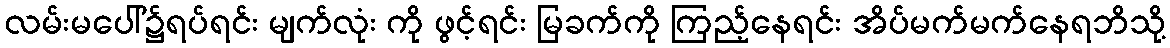
လမ်းမပေါ်၌ရပ်ရင်း မျက်လုံး ကို ဖွင့်ရင်း မြခက်ကို ကြည့်နေရင်း အိပ်မက်မက်နေရဘိသို့